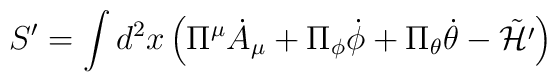
S'  =   \int d^2 x		\left(            \Pi^\mu {\dot A}_\mu            + \Pi_\phi {\dot \phi}            + \Pi_\theta {\dot \theta}			- \tilde{\cal H'}		\right)